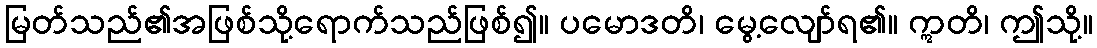
မြတ်သည်၏အဖြစ်သို့ရောက်သည်ဖြစ်၍။ ပမောဒတိ၊ မွေ့လျော်ရ၏။ ဣတိ၊ ဤသို့။